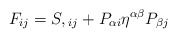
\begin{align*}F_{ij} = S,{}_{ij} + P_{\alpha i}\eta^{\alpha \beta}P_{\beta j}\end{align*}